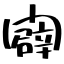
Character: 闢